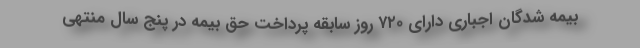
بیمه شدگان اجباری دارای ۷۲۰ روز سابقه پرداخت حق بیمه در پنج سال منتهی